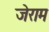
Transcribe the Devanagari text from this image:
जेराम